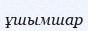
ұшымшар